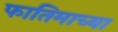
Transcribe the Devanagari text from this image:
फातिमाच्या